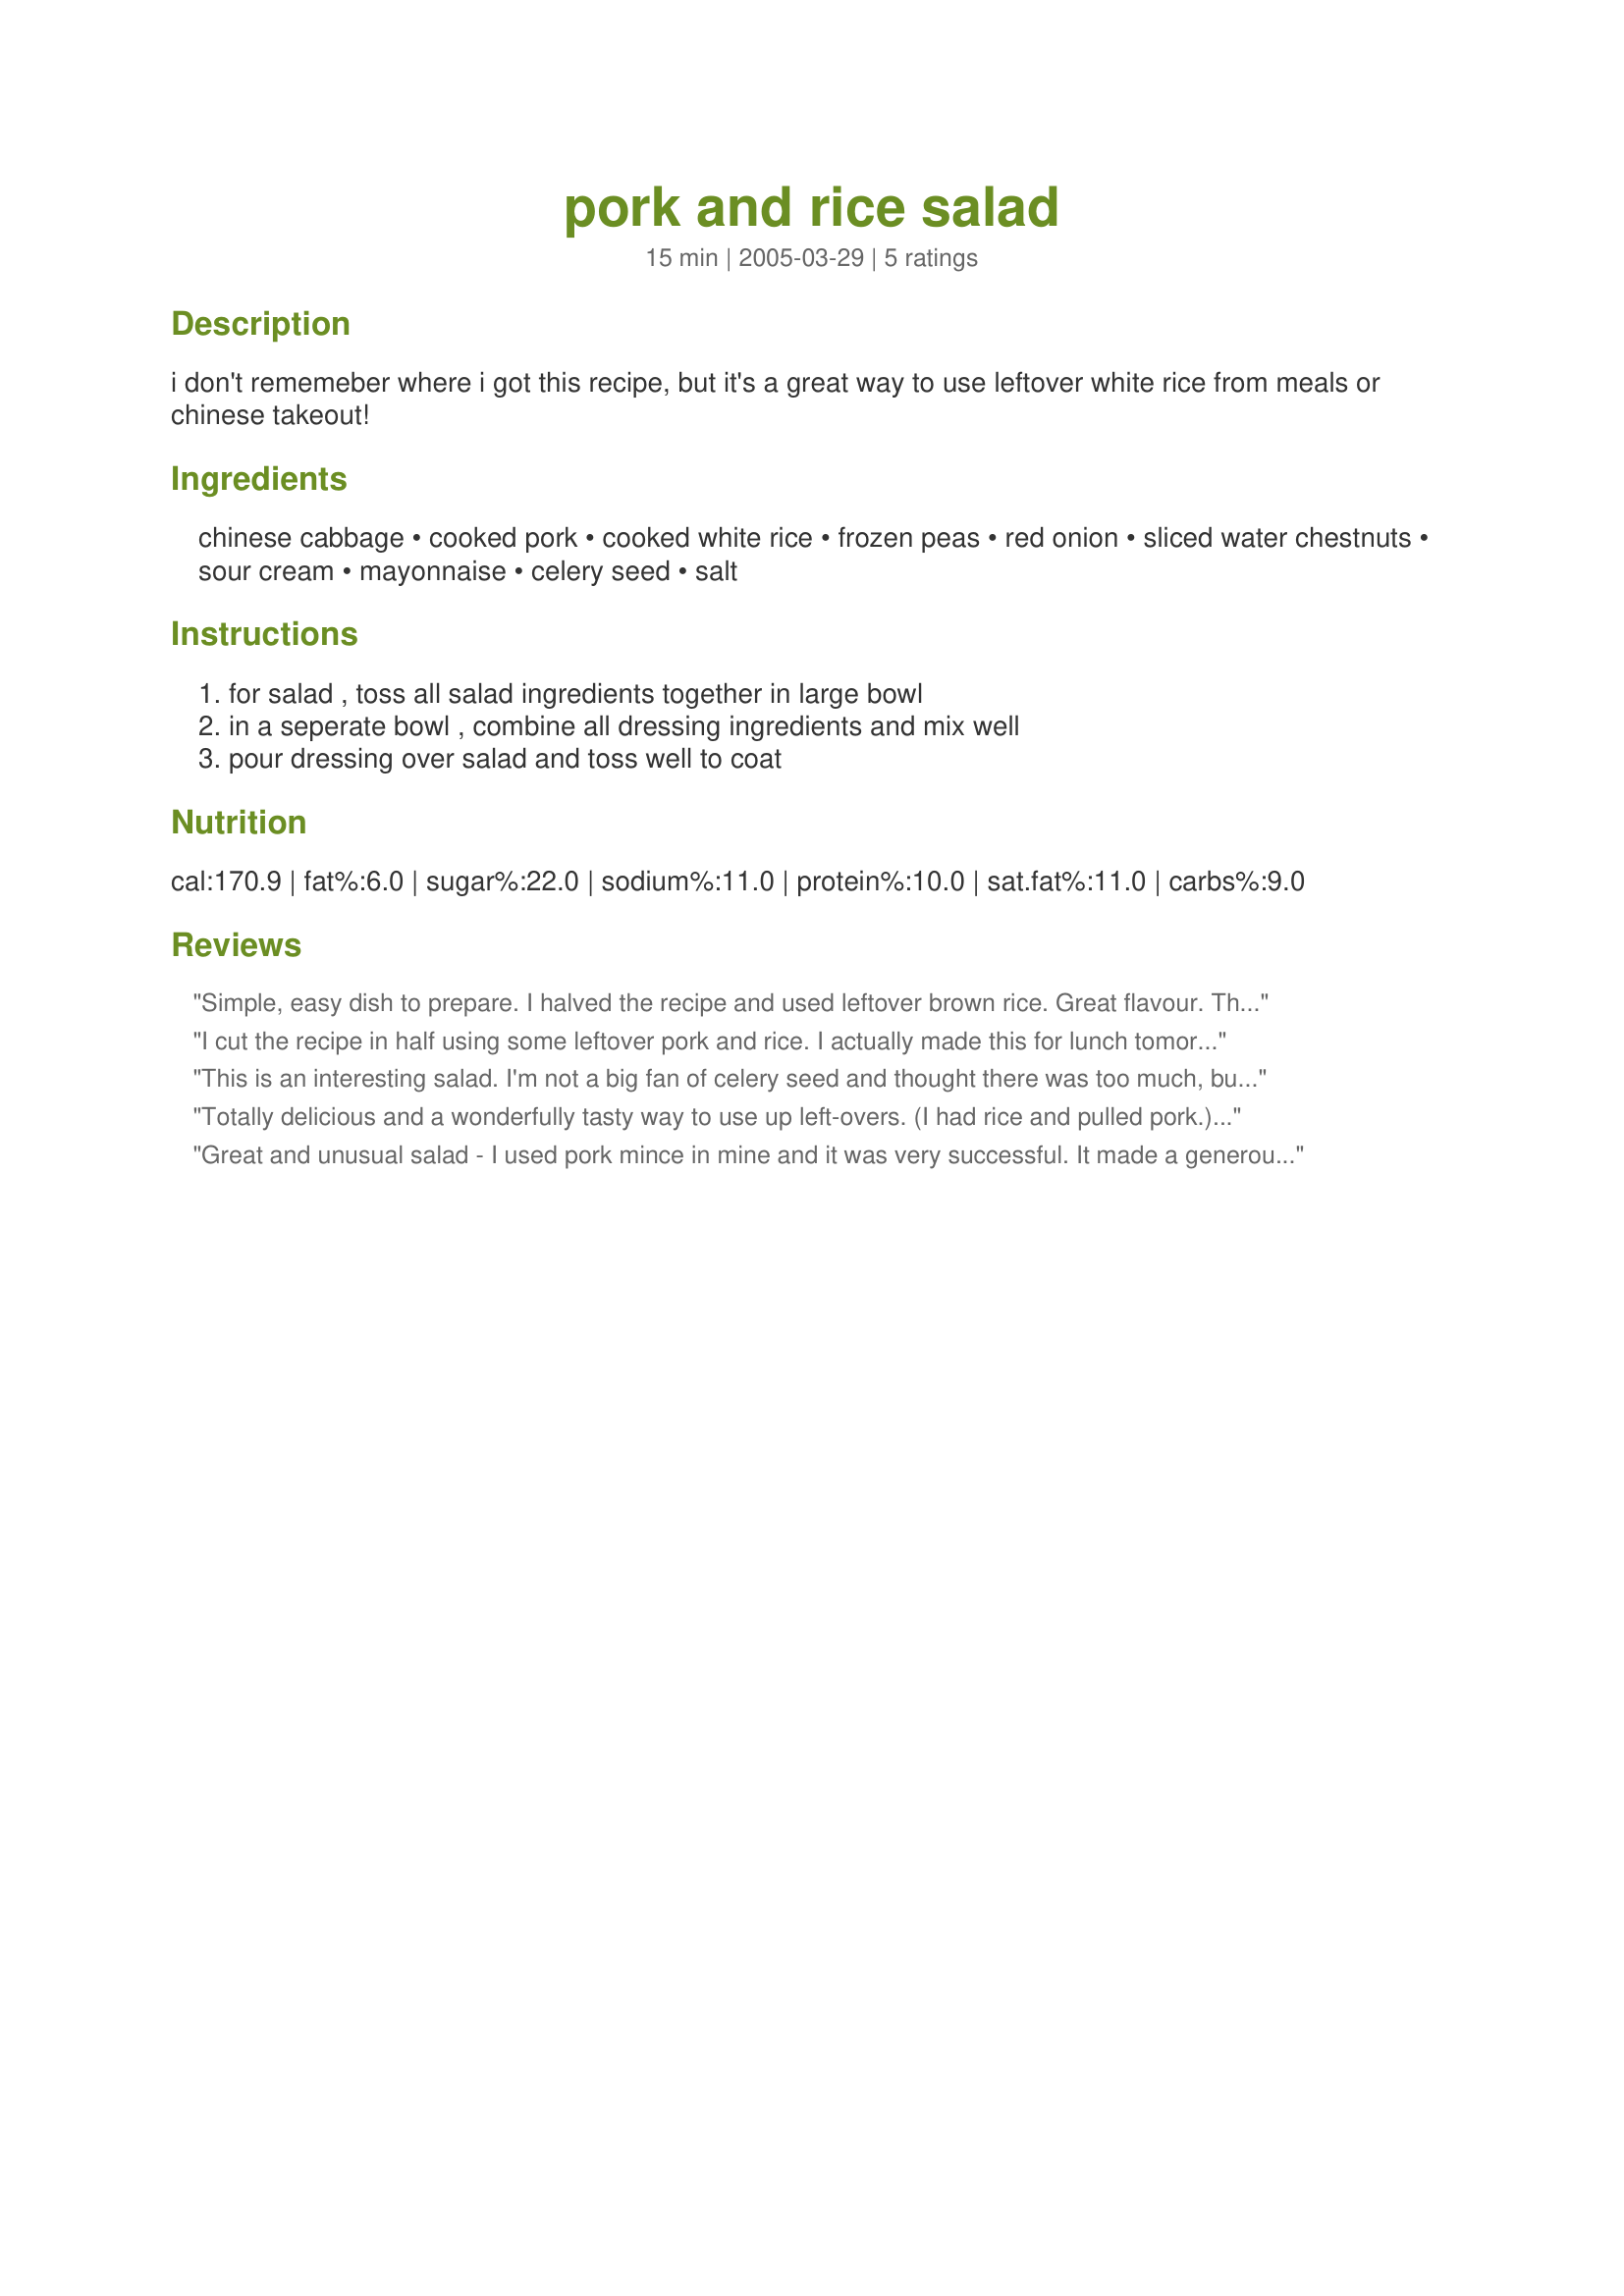
pork and rice salad
Preparation time: 15 minutes

i don't rememeber where i got this recipe, but it's a great way to use leftover white rice from meals or chinese takeout!

Ingredients:
chinese cabbage, cooked pork, cooked white rice, frozen peas, red onion, sliced water chestnuts, sour cream, mayonnaise, celery seed, salt

Steps:
for salad , toss all salad ingredients together in large bowl, in a seperate bowl , combine all dressing ingredients and mix well, pour dressing over salad and toss well to coat

Reviews:
Simple, easy dish to prepare. I halved the recipe and used leftover brown rice.
Great flavour. Thanks for posting!
I cut the recipe in half using some leftover pork and rice. I actually made this for lunch tomorrow, but had to go ahead and try it tonight. It was super easy to make and the flavors combined nicely.
This is an interesting salad. I'm not a big fan of celery seed and thought there was too much, but I do like the crispy crunchiness of the cabbage and water chestnuts. Both go well with the pork.
Totally delicious and a wonderfully tasty way to use up left-overs. (I had rice and pulled pork.)
Made some changes for taste preferences and economy (didn't want another trip to the grocery) --use left-over regular green cabbage, shredded; chopped yellow onion, and sliced celery and red pepper; added about 1/2 tsp. dill weed--WOW! Made and refrigerated to meld flavors for about 1.5 hours. Terrific salad, Parsley!! Had TWO helpings. :)
Made for the Salad event in Cooking Photos.
Great and unusual salad - I used pork mince in mine and it was very successful. It made a generous amount too which is always useful. Made for ZWT4 - so many thanks for posting.
